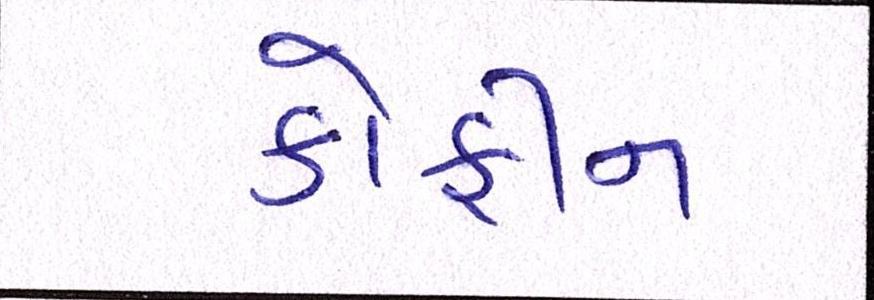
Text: કોફીન